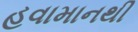
હવામાનથી